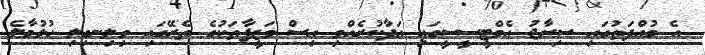
އެ މުއްދަތުގައި ސިރާޖު އެމްޓީސީސީގައި އަދާކުރެއްވި އިސް ވަޒީފާތަކުގެ ތެރޭގައި ވިލިނގިލި ހުޅުމާލެ